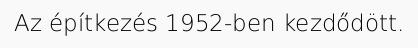
Az építkezés 1952-ben kezdődött.